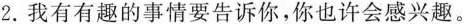
2.我有有趣的事情要告诉你，你也许会感兴趣。